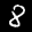
Label: 8